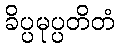
ခိပ္ပမုပ္ပတိတံ